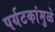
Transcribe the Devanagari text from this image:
पर्यटकांमुळे